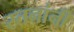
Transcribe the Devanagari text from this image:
स्तनांनी